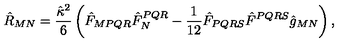
{ \hat { R } _ { M N } = \frac { \hat { \kappa } ^ { 2 } } { 6 } \left( \hat { F } _ { M P Q R } \hat { F } _ { N } ^ { P Q R } - \frac { 1 } { 1 2 } \hat { F } _ { P Q R S } \hat { F } ^ { P Q R S } \hat { g } _ { M N } \right) , }